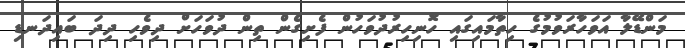
މަންޑޭލާ އަވަހާރަވުމުގެ ހިތާމައިގައި ހޮނިހިރުދުވަހުން ފެށިގެން ތިން ދުވަހަށް ދިވެހި ދިދަ ބައިދަނޑި